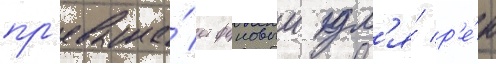
пр'евыша́ет фоновыи дл'я́ р'е́к